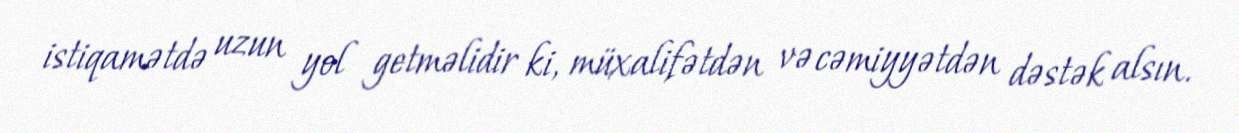
istiqamətdə uzun yol getməlidir ki, müxalifətdən və cəmiyyətdən dəstək alsın.